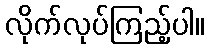
လိုက်လုပ်ကြည့်ပါ။